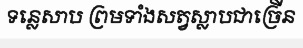
ទន្លេសាប ព្រមទាំងសត្វស្លាបជាច្រើន